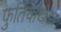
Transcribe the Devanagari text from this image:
फुतियाखेडा